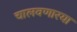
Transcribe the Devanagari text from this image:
चालवणारया